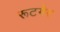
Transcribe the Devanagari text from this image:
रूटगेर